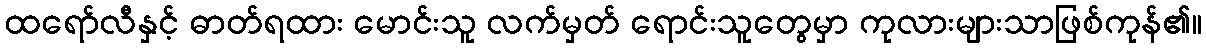
ထရော်လီနှင့် ဓာတ်ရထား မောင်းသူ လက်မှတ် ရောင်းသူတွေမှာ ကုလားများသာဖြစ်ကုန်၏။